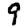
Digit: 9